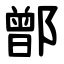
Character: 鄫